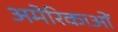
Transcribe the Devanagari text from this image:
अमेरिकाओं